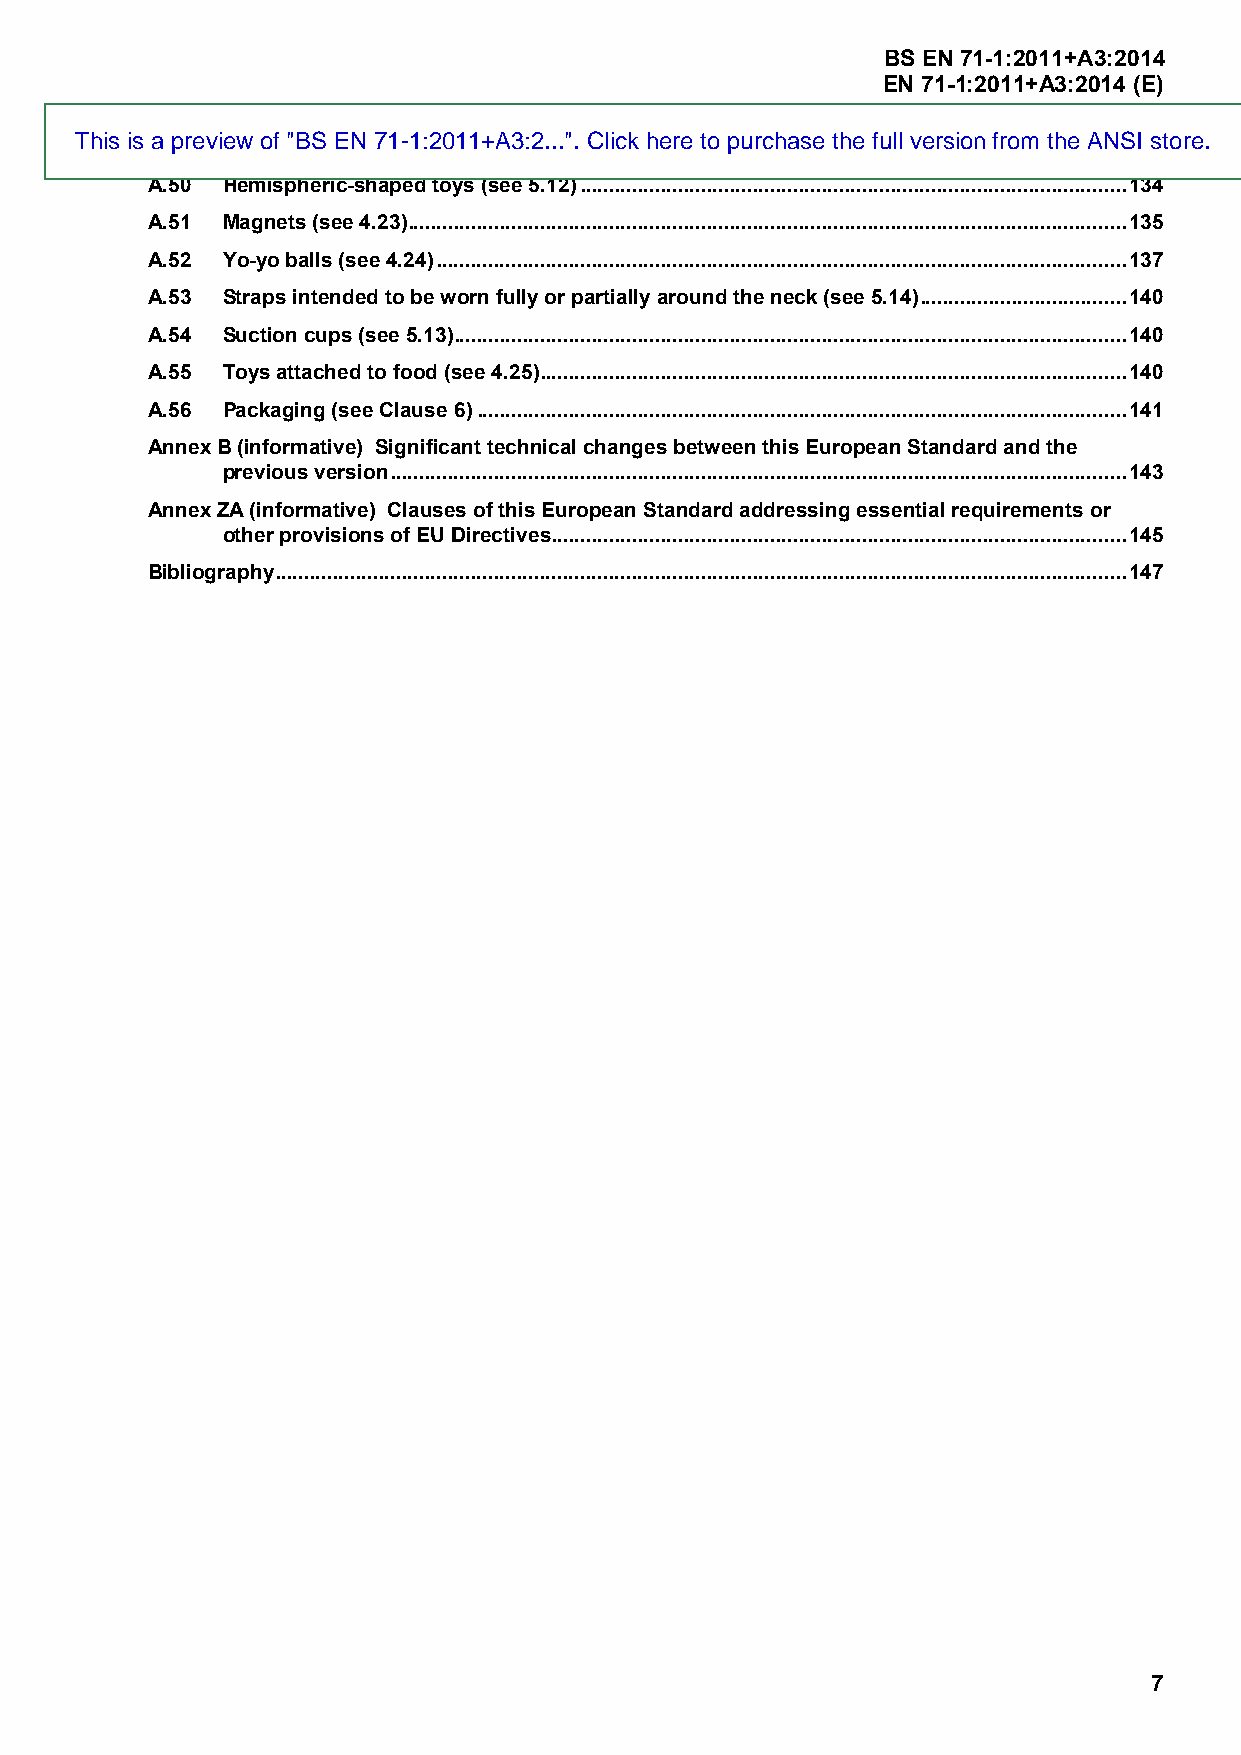
BS EN 71-1:2011+A3:2014
 EN 71-1:2011+A3:2014 (E)
 This is a preview of "BS EN 71-1:2011+A3:2...". Click here to purchase the full version from the ANSI store.
 A.50 Hemispheric-shaped toys (see 5.12) ............................................................................................... 134
 A.51 Magnets (see 4.23) ............................................................................................................................. 135
 A.52 Yo-yo balls (see 4.24) ........................................................................................................................ 137
 A.53 Straps intended to be worn fully or partially around the neck (see 5.14) .................................... 140
 A.54 Suction cups (see 5.13) ..................................................................................................................... 140
 A.55 Toys attached to food (see 4.25) ...................................................................................................... 140
 A.56 Packaging (see Clause 6) ................................................................................................................. 141
 Annex B (informative) Significant technical changes between this European Standard and the
 previous version ................................................................................................................................ 143
 Annex ZA (informative) Clauses of this European Standard addressing essential requirements or
 other provisions of EU Directives .................................................................................................... 145
 Bibliography .................................................................................................................................................... 147
 7